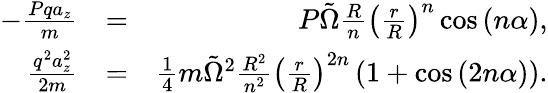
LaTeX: \begin{array}{rlr}{-\frac{Pqa_{z}}{m}}&{=}&{P\tilde{\Omega}\frac{R}{n}\left(\frac{r}{R}\right)^{n}\cos\left(n\alpha\right),}\\ {\frac{q^{2}a_{z}^{2}}{2m}}&{=}&{\frac{1}{4}m\tilde{\Omega}^{2}\frac{R^{2}}{n^{2}}\left(\frac{r}{R}\right)^{2n}\left(1+\cos\left(2n\alpha\right)\right).}\end{array}